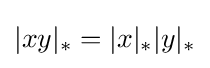
|xy|_{*}=|x|_{*}|y|_{*}